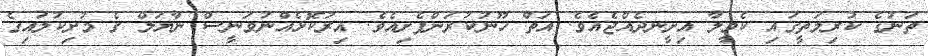
ތަނުގެ ކުރިމަތީގައި ކެމީލާ އިށީނދެއްޖެއެވެ. އަތް ހޫނުކުރަންފެށިއެވެ. އިރުކޮޅެއްނުވަނީސް ނާޔަލް ގެ މުށިކުލައިގެ